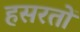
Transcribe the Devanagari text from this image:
हसरतों